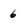
Character: 6